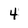
Character: 4